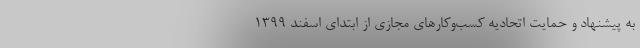
به پیشنهاد و حمایت اتحادیه کسب‌و‌کارهای مجازی از ابتدای اسفند ۱۳۹۹